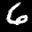
Label: 6